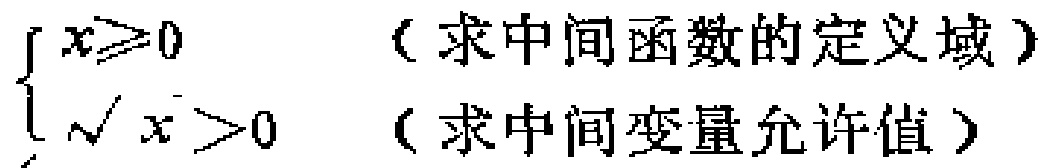
$\begin{cases}

x\geqslant0 & （求中间函数的定义域）\\

\sqrt{x}>0 & （求中间变量允许值）

\end{cases}$